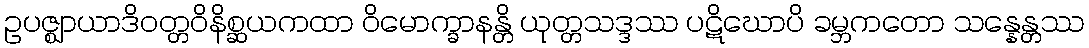
ဥပဇ္ဈာယာဒိဝတ္တဝိနိစ္ဆယကထာ ဝိမောက္ခာနန္တိ ယုတ္တသဒ္ဒဿ ပဋိဃောပိ ခမ္ဘကတော သန္နေန္တဿ